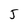
Character: 5